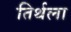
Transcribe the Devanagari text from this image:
तिर्थला